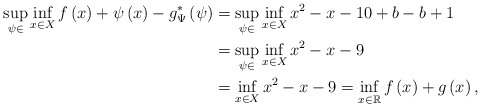
\begin{align*}\sup_{\psi\in}\inf_{x\in X}f\left(x\right)+\psi\left(x\right)-g^{*}_\Psi\left(\psi\right) & =\sup_{\psi\in }\inf_{x\in X}x^{2}-x-10+b-b+1\\ & =\sup_{\psi\in }\inf_{x\in X}x^{2}-x-9\\ & =\inf_{x\in X}x^{2}-x-9=\inf_{x\in\mathbb{R}}f\left(x\right)+g\left(x\right),\end{align*}